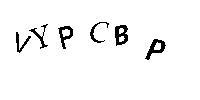
VYPCBP